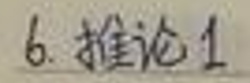
6. 推论1